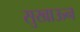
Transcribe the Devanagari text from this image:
सुखाऊन